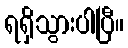
ရရှိသွားပါပြီ။